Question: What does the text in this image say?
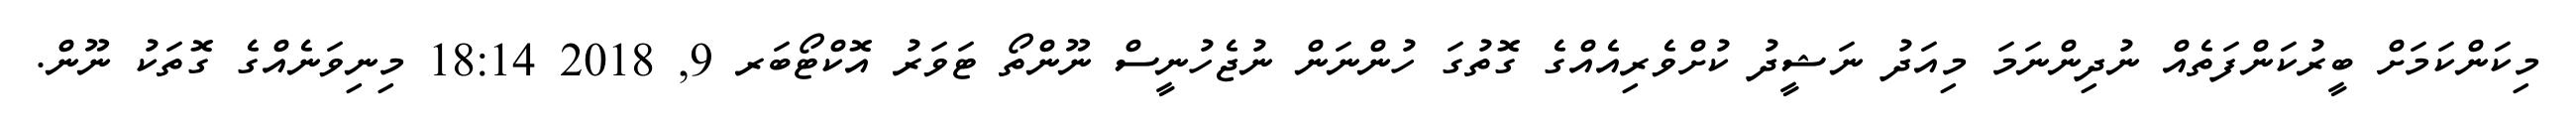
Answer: މިކަންކަމަށް ބީރުކަންފަތެއް ނުދިންނަމަ މިއަދު ނަޝީދު ކުށްވެރިއެއްގެ ގޮތުގަ ހުންނަން ނުޖެހުނީސް ނޫންތޯ ޓަވަރު އޮކްޓޯބަރ 9, 2018 18:14 މިނިވަނެއްގެ ގޮތަކު ނޫން.